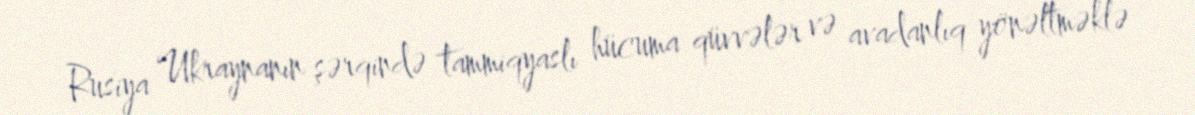
Rusiya Ukraynanın şərqində tammiqyaslı hücuma qüvvələr və avadanlıq yönəltməklə